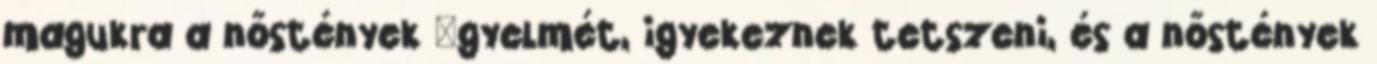
magukra a nőstények ﬁgyelmét, igyekeznek tetszeni, és a nőstények